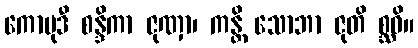
ကောမုဒီ စန္ဒိကာ ဇုဏှာ၊ ကန္တိ သောဘာ ဇုတိ စ္ဆဝိ။